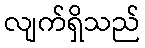
လျက်ရှိသည်